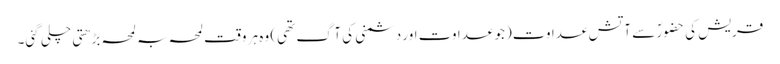
قریش کی حضورؐ سے آتش عداوت(جو عداوت اور دشمنی کی آگ تھی) وہ ہر وقت لمحہ بہ لمحہ بڑھتی چلی گئی۔